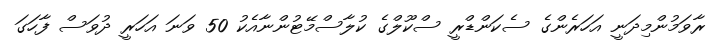
ރާވަމުންމިދަނީ އަހަރެންގެ ސެކަންޑްރީ ސްކޫލްގެ ކުލާސްމޭޓުންނާއެކު 50 ވަނަ އަހަރީ ދުވަސް ފާހަގަ